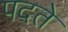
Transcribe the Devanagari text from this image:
पदते